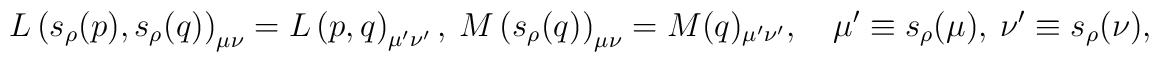
L\left(s_{\rho}(p),s_{\rho}(q)\right)_{\mu\nu}=   L\left(p,q\right)_{\mu^\prime\nu^\prime},\   M\left(s_{\rho}(q)\right)_{\mu\nu}=   M(q)_{\mu^\prime\nu^\prime},\quad \mu^\prime\equiv s_{\rho}(\mu),   \  \nu^\prime\equiv s_{\rho}(\nu),